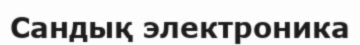
Сандық электроника